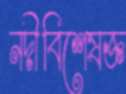
নদীবিশেষজ্ঞ